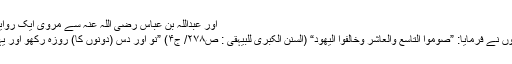
اور عبداللہ بن عباس رضی اللہ عنہ سے مروی ایک روایت سے اس کی تائید
بھی ہوتی ہے کہ انہوں نے فرمایا: ”صوموا التاسع والعاشر وخالفوا اليهود“ (السنن الکبری للبیہقی : ص۲۷۸/ ج۴) ”نو اور دس (دونوں کا) روزہ رکھو اور یہود کی مخالفت کرو۔